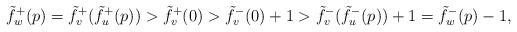
LaTeX: \begin{align*} \tilde f^+_w(p) = \tilde f^+_v(\tilde f^+_u(p)) > \tilde f^+_v(0) > \tilde f^-_v(0) + 1 > \tilde f^-_v(\tilde f^-_u(p)) + 1 = \tilde f^-_w(p) -1,\end{align*}